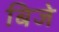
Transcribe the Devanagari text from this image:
बिजे